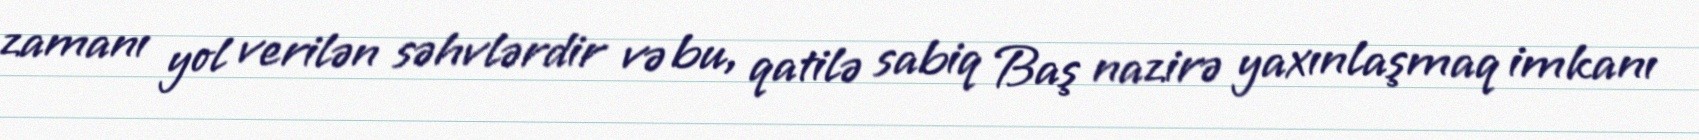
zamanı yol verilən səhvlərdir və bu, qatilə sabiq Baş nazirə yaxınlaşmaq imkanı